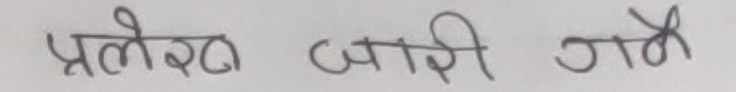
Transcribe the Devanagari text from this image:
प्रलेख जारी जमे